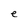
Character: e